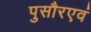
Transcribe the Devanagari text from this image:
पुसौरएवं